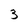
Character: 3